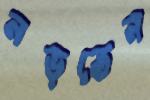
নড়তেন